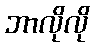
ဘာလိုလို